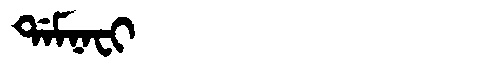
Manchu: ᡩᠠᠮᠨᠠᠸᡳ
Romanization: DAMNAFI